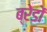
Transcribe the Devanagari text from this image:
ब्रेडों